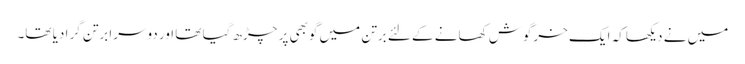
میں نے دیکھا کہ ایک خرگوش کھانے کے لئے برتن میں گوبھی پر چڑھ گیا تھا اور دوسرا برتن گرا دیا تھا۔